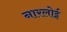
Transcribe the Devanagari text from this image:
नारलोई